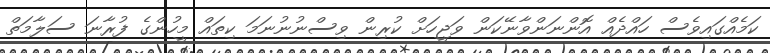
ކަމެއްގައިވެސް ހައްދެއް އޮންނަންވާނޭކަން ވަޖީހަށް ކުރިން ވިސްނުނުނަމަ ކިތައް މީހުންގެ ފުރާނަ ސަލާމަތް